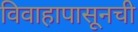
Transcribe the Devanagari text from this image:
विवाहापासूनची